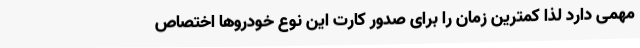
مهمی دارد لذا کمترین زمان را برای صدور کارت این نوع خودروها اختصاص